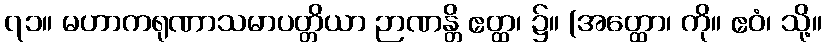
၇၁။ မဟာကရုဏာသမာပတ္တိယာ ဉာဏန္တိ ဧတ္ထ၊ ၌။ (အတ္ထော၊ ကို။ ဧဝံ၊ သို့။